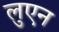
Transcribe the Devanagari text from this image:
लुएन